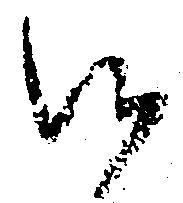
沙